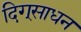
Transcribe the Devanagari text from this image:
दिग्‌साधन